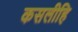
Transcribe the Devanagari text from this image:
कसलीहि